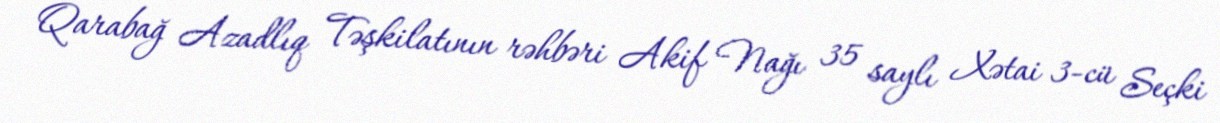
Qarabağ Azadlıq Təşkilatının rəhbəri Akif Nağı 35 saylı Xətai 3-cü Seçki